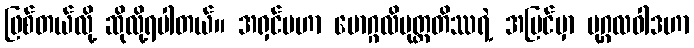
ဖြစ်တယ်လို့ ဆိုလို့ရပါတယ်။ အရှင်မဟာ မောဂ္ဂလိပုတ္တတိဿရဲ့ အမြင်မှာ ပုဂ္ဂလဝါဒဟာ